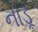
નાડૂ